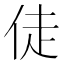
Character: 𬾉